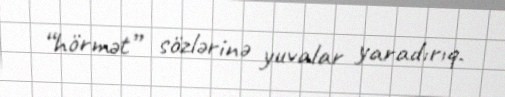
“hörmət” sözlərinə yuvalar yaradırıq.